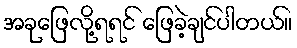
အခုဖြေလို့ရရင် ဖြေခဲ့ချင်ပါတယ်။